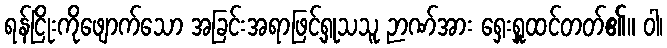
ရန်ငြိုးကိုဖျောက်သော အခြင်းအရာဖြင့်ရှုသသူ ဉာဏ်အား ရှေးရှူထင်တတ်၏။ ဝါ၊